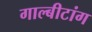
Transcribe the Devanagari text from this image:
गाल्बीटांग